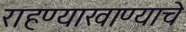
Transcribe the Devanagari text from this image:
राहण्याखाण्याचे